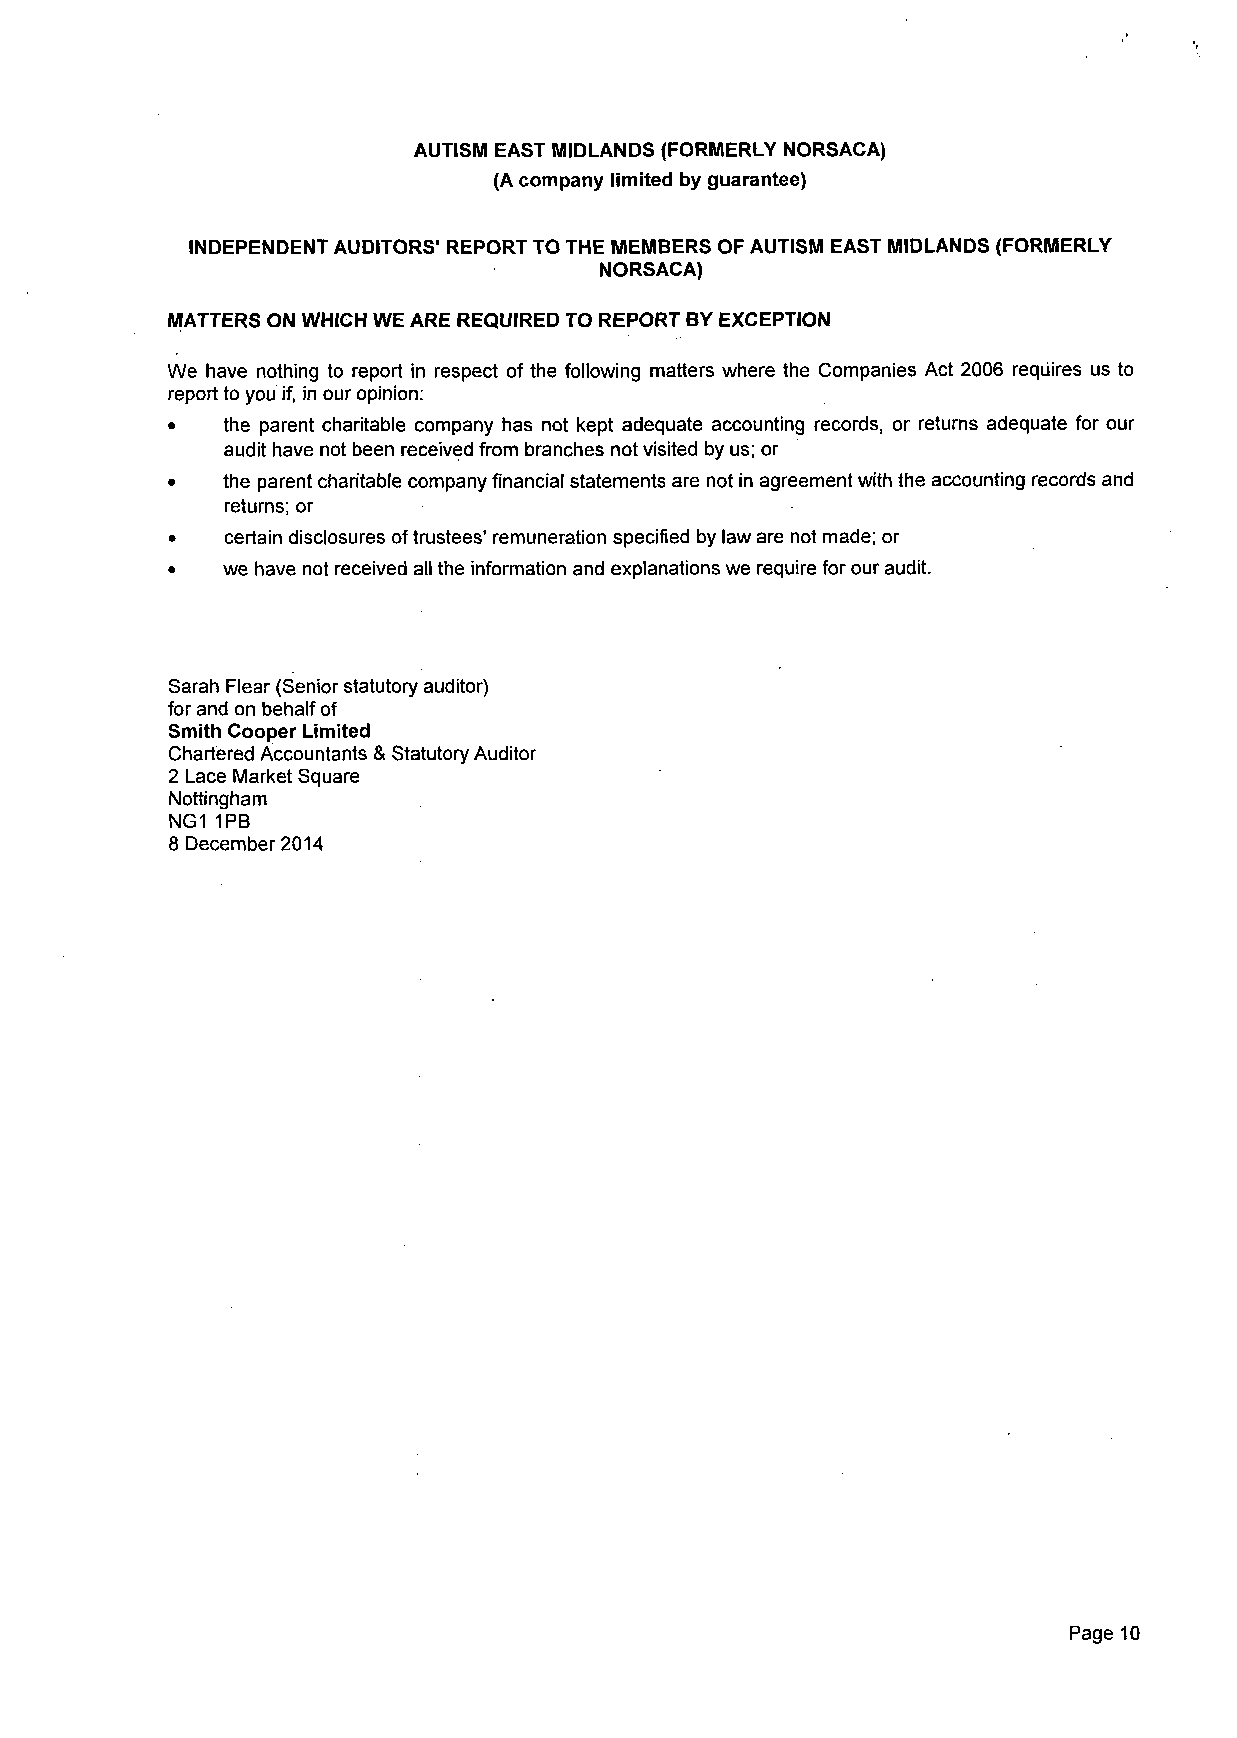
AUTISM EAST MIDLANDS (FORMERLY NORSACA)
 (A company limited by guarantee)
 INDEPENDENT AUDITORS' REPORT TO THE MEMBERS OF AUTISM EAST MIDLANDS (FORMERLY
 NORSACA)
 MATTERS ON WHICH WE ARE REQUIRED TO REPORT BY EXCEPTION
 We have nothing to report in respect of the following matters where the Companies Act 2006 requires us to
 report to you if, in our opinion:
 •   the parent charitable company has not kept adequate accounting records, or returns adequate for our
 audit have not been received from branches not visited by us; or
 •   the parent charitable company financial statements are not in agreement with the accounting records and
 returns; or
 •   certain disclosures of trustees' remuneration specified by law are not made; or
 •   we have not received all the information and explanations we require for our audit.
 Sarah Flear (Senior statutory auditor)
 for and on behalf of
 Smith Cooper Limited
 Chartered Accountants & Statutory Auditor
 2 Lace Market Square
 Nottingham
 NG11PB
 8 December 2014
 Page 10